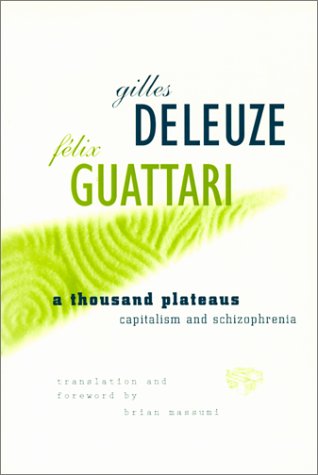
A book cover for A Thousand Plateaus: Capitalism and Schizophrenia; Gilles Deleuze; Medical Books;